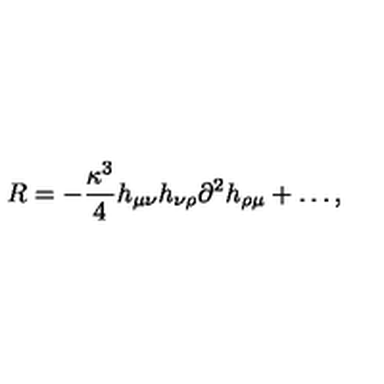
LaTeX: R = - \frac { \kappa ^ { 3 } } 4 h _ { \mu \nu } h _ { \nu \rho } \partial ^ { 2 } h _ { \rho \mu } + \ldots ,